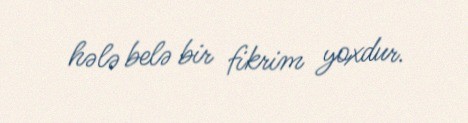
hələ belə bir fikrim yoxdur.